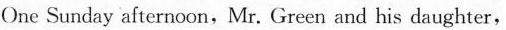
One Sunday afternoon, Mr. Green and his daughter,